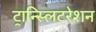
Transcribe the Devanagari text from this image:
ट्रान्स्लिटरेशन